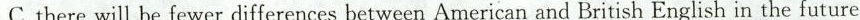
C. there will be fewer differences between American and British English in the future